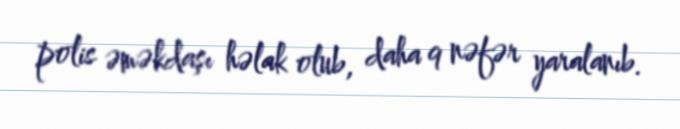
polis əməkdaşı həlak olub, daha 9 nəfər yaralanıb.